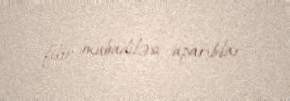
fikir mübadiləsi aparıblar.